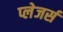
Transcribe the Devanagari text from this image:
प्लेजर्स